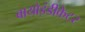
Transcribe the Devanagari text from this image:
बायोइंडीकेटर